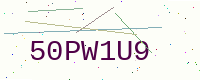
Text: 50PW1U9